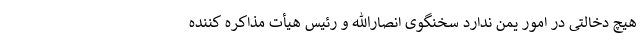
هیچ دخالتی در امور یمن ندارد سخنگوی انصارالله و رئیس هیأت مذاکره کننده